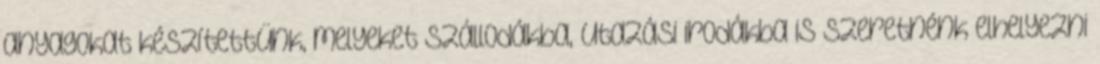
anyagokat készítettünk, melyeket szállodákba, utazási irodákba is szeretnénk elhelyezni